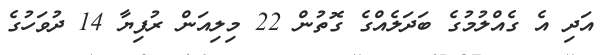
އަދި އެ ގެއްލުމުގެ ބަދަލެއްގެ ގޮތުން 22 މިލިއަން ރުފިޔާ 14 ދުވަހުގެ